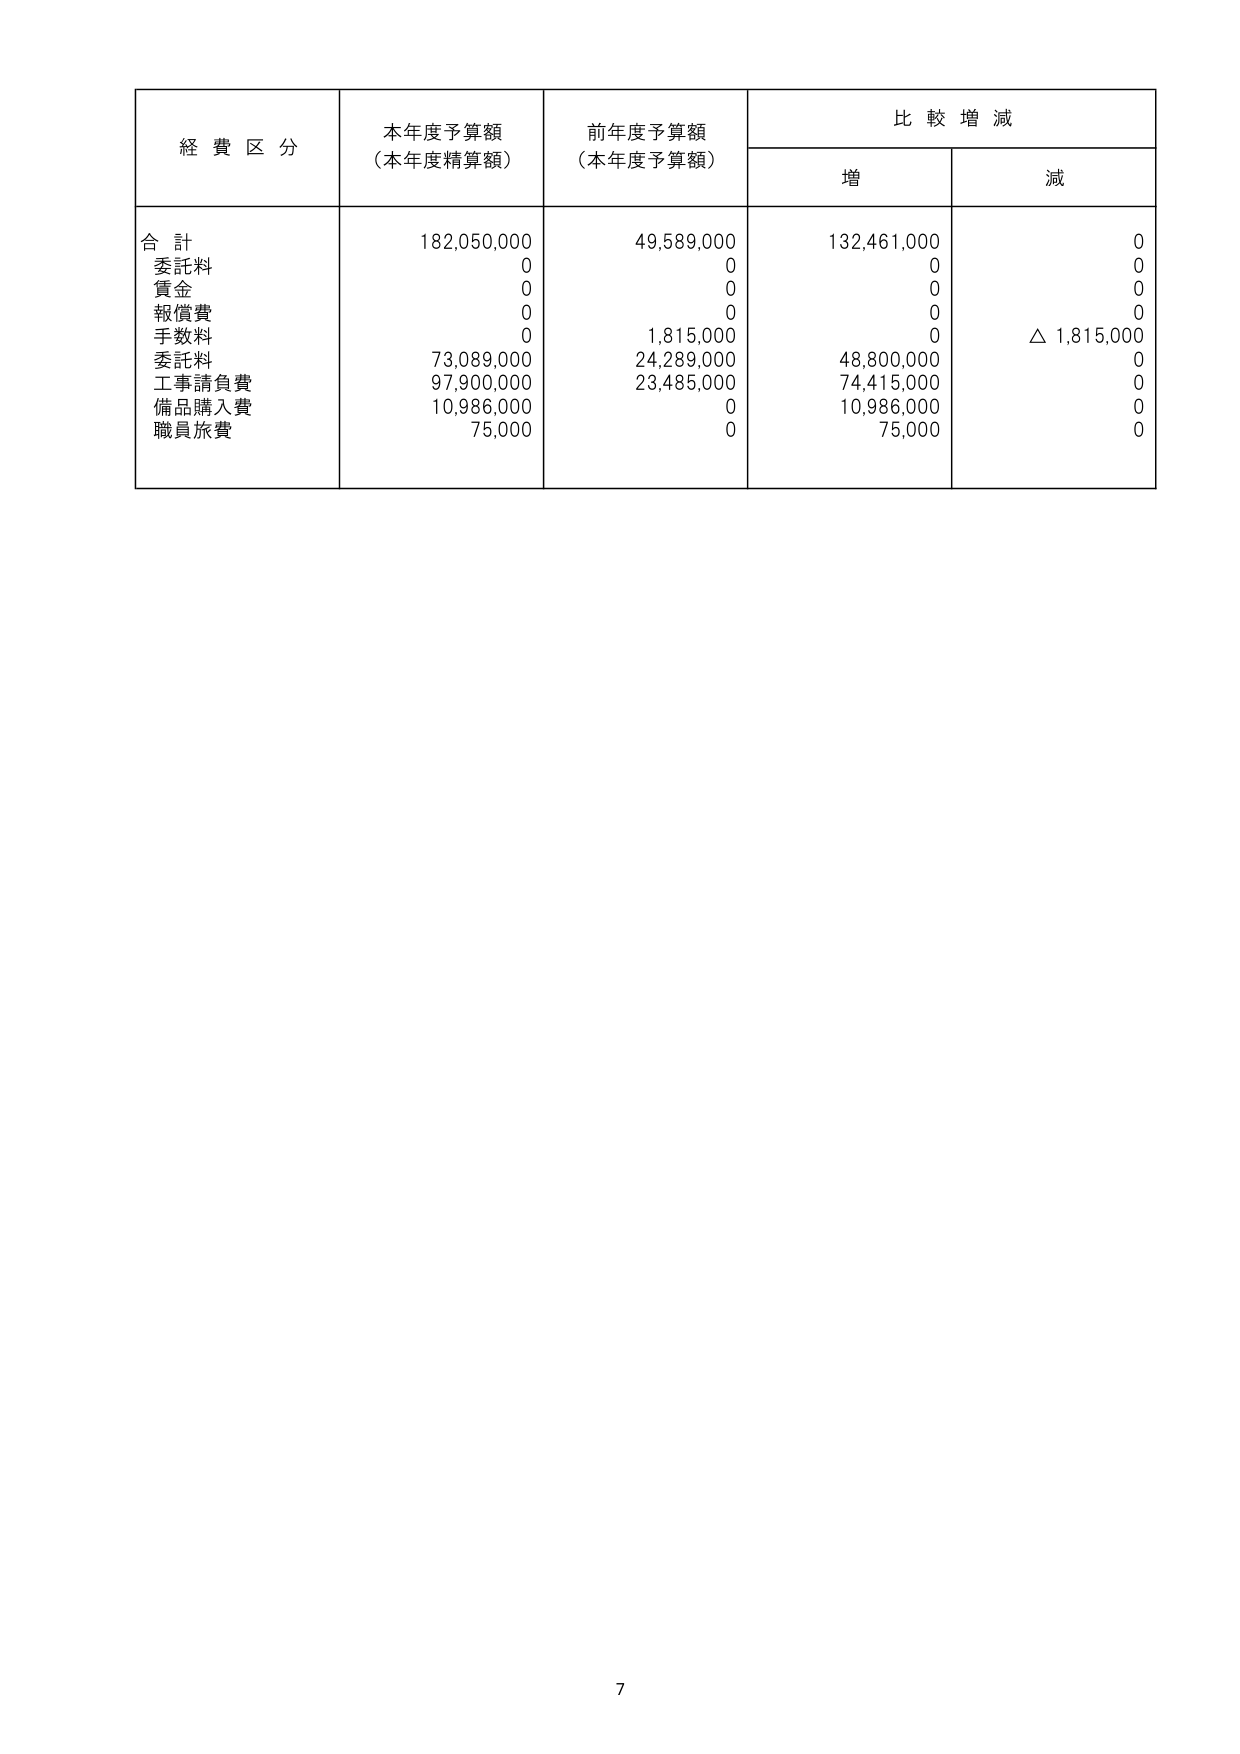
経費区分 本年度予算額（本年度精算額） 前年度予算額（本年度予算額） 比較増減 増 減 合計 182,050,000 49,589,000 132,461,000 0 委託料 0 0 0 0 賃金 0 0 0 0 報償費 0 0 0 0 手数料 0 1,815,000 0 △1,815,000 委託料 73,089,000 24,289,000 48,800,000 0 工事請負費 97,900,000 23,485,000 74,415,000 0 備品購入費 10,986,000 0 10,986,000 0 職員旅費 75,000 0 75,000 0 7